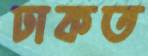
ঢাকত